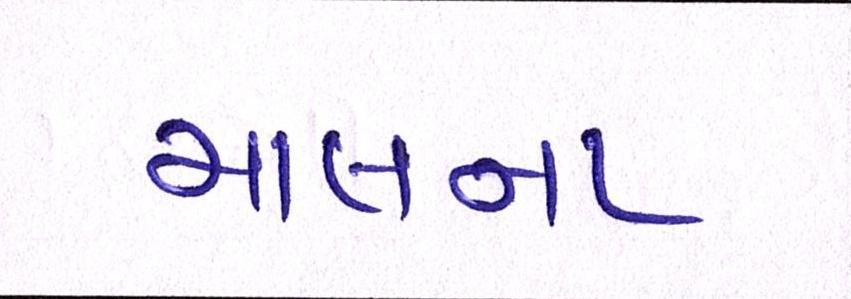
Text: માલના